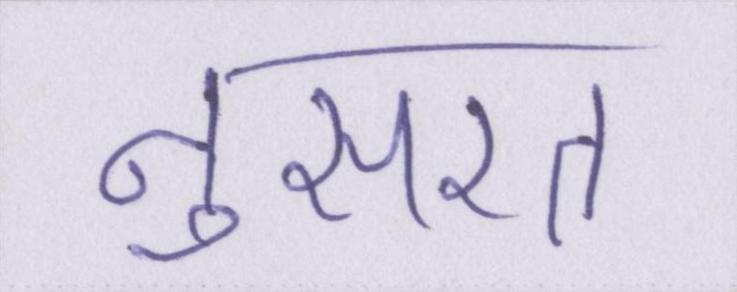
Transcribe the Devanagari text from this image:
नुसरत